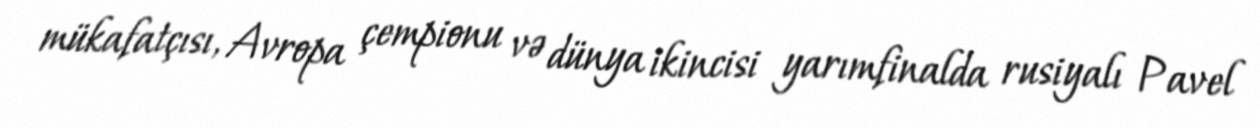
mükafatçısı, Avropa çempionu və dünya ikincisi yarımfinalda rusiyalı Pavel